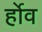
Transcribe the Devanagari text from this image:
र्होव